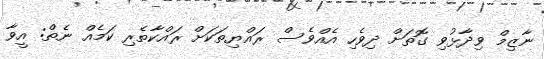
ނާޒިމް ވިދާޅުވި ގޮތަށް ދިވެހި އެއްވެސް ރައްޔިތަކަށް ރައްކާތެރި ކަމެއް ނެތް: އީވާ